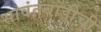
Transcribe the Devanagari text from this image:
सावंतवाडीची